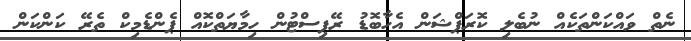
ނެތް ވައްކަންތަކެއް ނުބެލި ކޮރަޕްޝަން އެހާބޮޑު ރޭޕިސްޓުން ހިމާޔަތްކޮއް ޕެންޑެމިކް ތެރޭ ކަންކަން